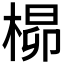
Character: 𪲺